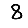
Digit: 8